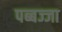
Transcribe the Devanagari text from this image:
पब्बज्जा